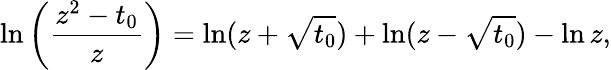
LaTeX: \ln\left(\frac{z^{2}-t_{0}}{z}\right)=\ln(z+\sqrt{t_{0}})+\ln(z-\sqrt{t_{0}})-\ln z,